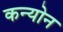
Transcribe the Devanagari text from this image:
कन्योन